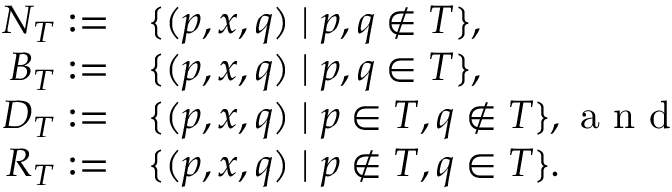
\begin{array} { r l } { N _ { T } : = } & { \{ ( p , x , q ) \mid p , q \not \in T \} , } \\ { B _ { T } : = } & { \{ ( p , x , q ) \mid p , q \in T \} , } \\ { D _ { T } : = } & { \{ ( p , x , q ) \mid p \in T , q \not \in T \} , \textrm { a n d } } \\ { R _ { T } : = } & { \{ ( p , x , q ) \mid p \not \in T , q \in T \} . } \end{array}